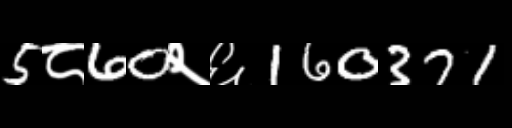
Text: 5८60२६160371